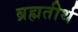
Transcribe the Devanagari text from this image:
ब्रह्मतीर्थ